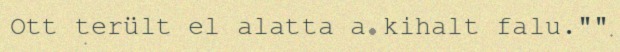
Ott terült el alatta a kihalt falu.""